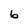
Character: b